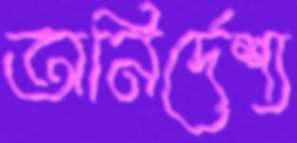
অনির্দেশ্য